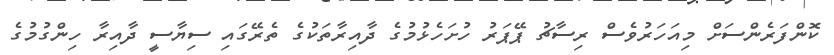
ކޮންފަރެންސަށް މިއަހަރުވެސް ރިސާޗު ޕޭޕަރު ހުށަހެޅުމުގެ ދާއިރާތަކުގެ ތެރޭގައި ސިޔާސީ ދާއިރާ ހިންގުމުގެ